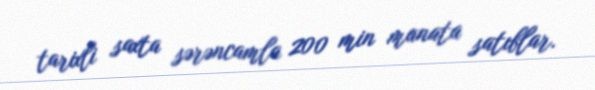
tarixli saxta sərəncamla 200 min manata satıblar.